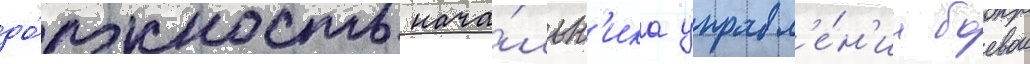
до́лжность нача́льн'ика управл'е́н'иа боевои